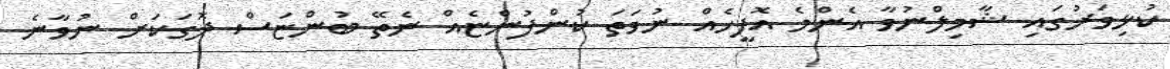
ކުޅިވަރުގައި ޝާމިލްނުވާ އެންމެ އޮފީހެއް ނުވަތަ ކުންފުންޏެއް ނެތޭ ބުންޏަސް ދޮގަކަށް ނުވާނެ